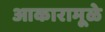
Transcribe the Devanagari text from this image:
आकारामूळे